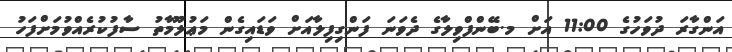
އަންގާރަ ދުވަހުގެ 11:00 އަށް މ.ބޭންފްވިލާގެ ދެވަނަ ފަންގިފިލާއަށް ވަޑައިގެން މަޢުލޫމާތު ސާފުކުރެއްވުމަށްފަހު